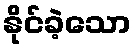
နိုင်ခဲ့သော